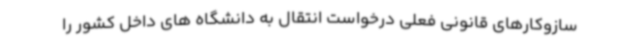
سازوکارهای قانونی فعلی درخواست انتقال به دانشگاه های داخل کشور را